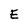
Character: E